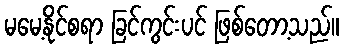
မမေ့နိုင်စရာ ခြင်ကွင်းပင် ဖြစ်တော့သည်။